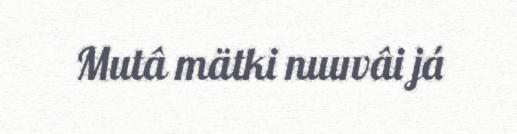
Mutâ mätki nuuvâi já